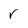
Character: r